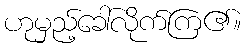
ဟုမှည့်ခေါ်လိုက်ကြ၏။